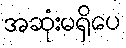
အဆုံးမရှိပေ